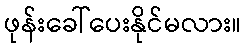
ဖုန်းခေါ်ပေးနိုင်မလား။